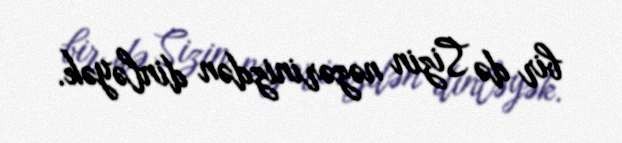
bir də Sizin nəzərinizdən dinləyək.